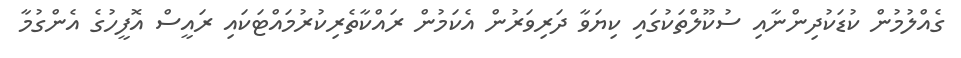
ގެއްލުމުން ކުޑަކުދިންނާއި ސުކޫލްތަކުގައި ކިޔަވާ ދަރިވަރުން އެކަމުން ރައްކާތެރިކުރުމައްޓަކައި ރައީސް އޮފީހުގެ އެންގުމާ